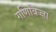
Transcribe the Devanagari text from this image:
गणिविज्जा